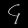
Digit: ၄